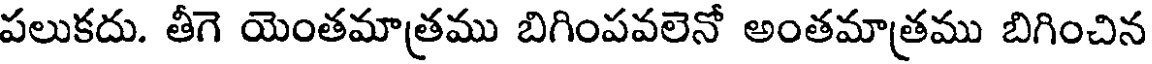
పలుకదు. తీగె యెంతమాత్రము బిగింపవలెనో అంతమాత్రము బిగించిన